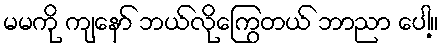
မမကို ကျနော် ဘယ်လိုကြွေတယ် ဘာညာ ပေါ့။